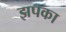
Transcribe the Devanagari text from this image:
झपका